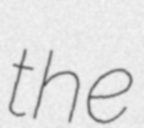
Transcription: the